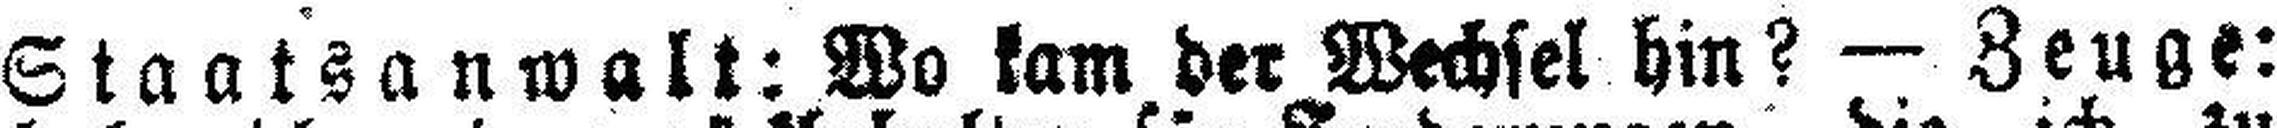
Staatsanwalt: Wo kam der Wechsel hin? — Zeuge: